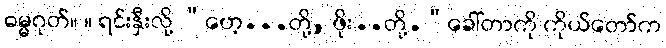
ဓမ္မဂုတ်။ ။ ရင်းနှီးလို့ “ဟေ့...တို့, ဖိုး..တို့.”ခေါ်တာကို ကိုယ်တော်က